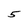
Character: 5